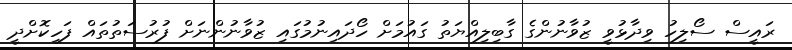
ރައީސް ސޯލިހު ވިދާޅުވީ ޒުވާނުންގެ ގާބިލިއްޔަތު ގައުމަށް ހޯދައިނުމުގައި ޒުވާނުންނަށް ފުރުސަތުތައް ފަހިކޮށްދީ